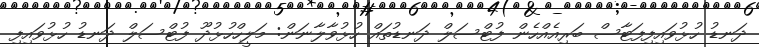
ދަނޑު ހުޅުވައިފިފަޓާސް ބަރިއެއްހެން ފުޓްސަލް ދަނޑުތައް ހުޅުވާލާނަން: މަލީހްހުޅުދޫ ފުޓްސަލް ދަނޑު ހުޅުވައިފި